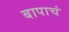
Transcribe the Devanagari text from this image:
बापाचं